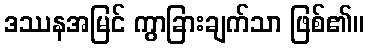
ဒဿနအမြင် ကွာခြားချက်သာ ဖြစ်၏။